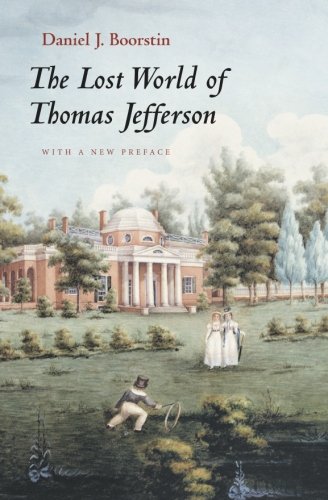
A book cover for The Lost World of Thomas Jefferson; Daniel J. Boorstin; Politics & Social Sciences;